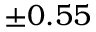
± 0 . 5 5